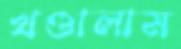
খণ্ডালাম